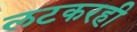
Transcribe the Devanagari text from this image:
लटकरही